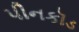
પીનકૉડ